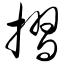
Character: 摺